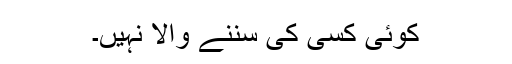
کوئی کسی کی سننے والا نہیں۔